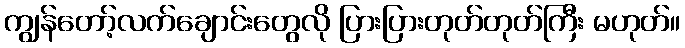
ကျွန်တော့်လက်ချောင်းတွေလို ပြားပြားတုတ်တုတ်ကြီး မဟုတ်။